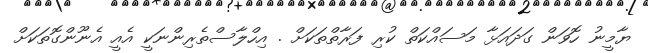
ޔާމީނު ހޮވަން ގަދައަޅާ މަސައްކަތް ކުރި ފަރާތްތަކަށް . އިހްލާސްތެރިންނަކީ އެއީ އެނޫންގޮތަކަށް